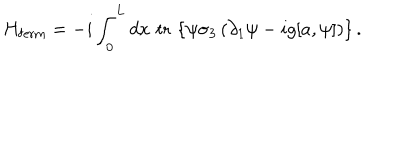
LaTeX: H _ { \mathrm { f e r m } } = - i \int _ { 0 } ^ { L } d x \, \, \mathrm { t r } \, \left\{ \psi \sigma _ { 3 } \left( \partial _ { 1 } \psi - i g [ a , \psi ] \right) \right\} .